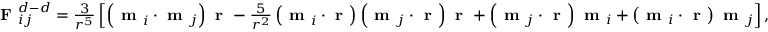
\begin{array} { r } { \textbf { F } _ { i j } ^ { d - d } = \frac { 3 } { r ^ { 5 } } \left[ \left( \textbf { m } _ { i } \cdot \textbf { m } _ { j } \right) \textbf { r } - \frac { 5 } { r ^ { 2 } } \left( \textbf { m } _ { i } \cdot \textbf { r } \right) \left( \textbf { m } _ { j } \cdot \textbf { r } \right) \textbf { r } + \left( \textbf { m } _ { j } \cdot \textbf { r } \right) \textbf { m } _ { i } + \left( \textbf { m } _ { i } \cdot \textbf { r } \right) \textbf { m } _ { j } \right] , } \end{array}